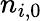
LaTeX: n_{i,0}